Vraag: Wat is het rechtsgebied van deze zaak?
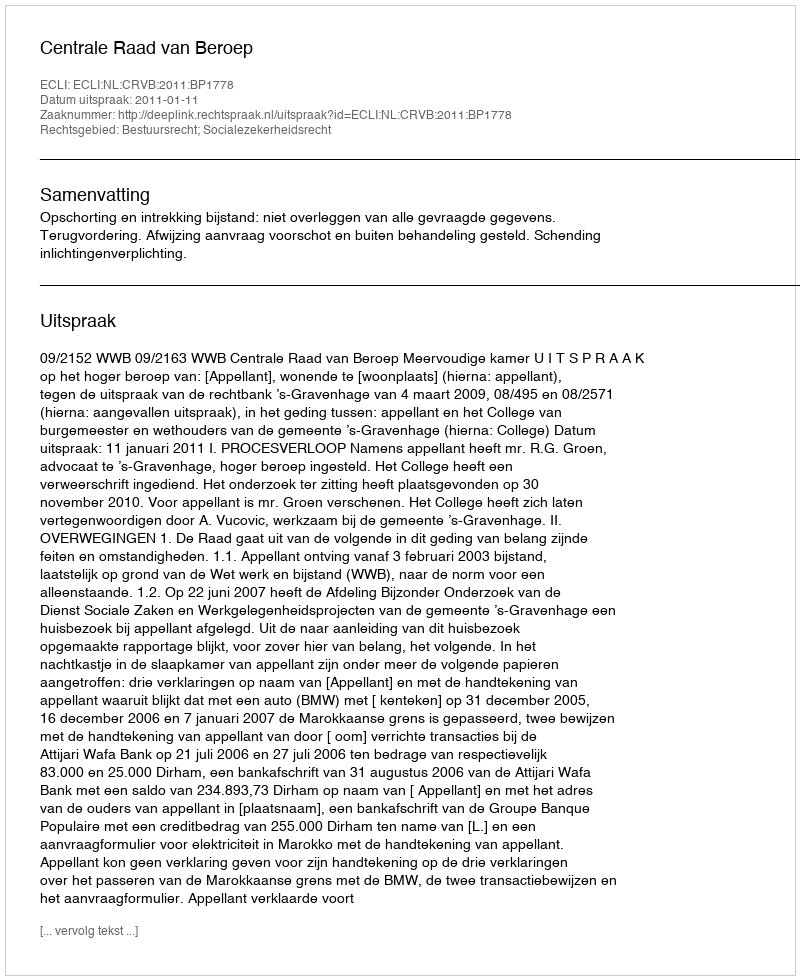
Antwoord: Bestuursrecht; Socialezekerheidsrecht